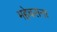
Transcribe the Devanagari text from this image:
महेचराना